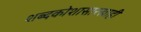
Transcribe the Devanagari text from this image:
शब्दकोशासारखाही